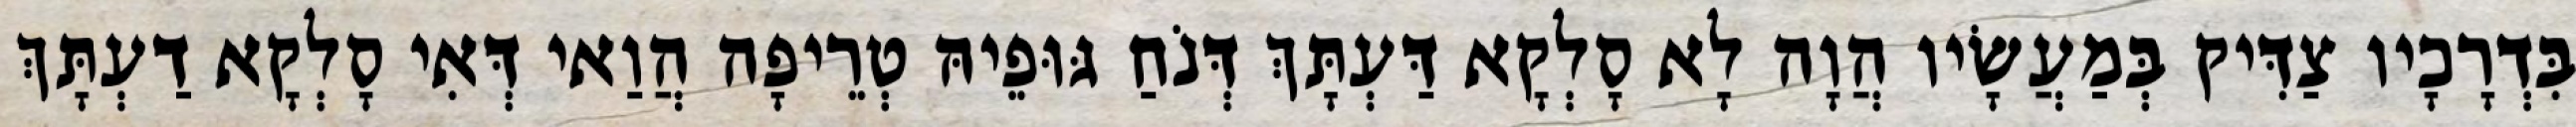
בִּדְרָכָיו צַדִּיק בְּמַעֲשָׂיו הֲוָה לָא סָלְקָא דַּעְתָּךְ דְּנֹחַ גּוּפֵיהּ טְרֵיפָה הֲוַאי דְּאִי סָלְקָא דַעְתָּךְ